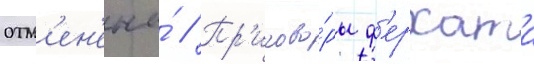
отм'ен'ены́ // Пр'игово́ры ф'ерхата